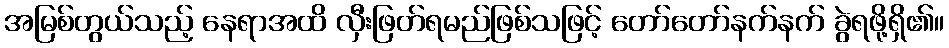
အမြစ်တွယ်သည့် နေရာအထိ လှီးဖြတ်ရမည်ဖြစ်သဖြင့် တော်တော်နက်နက် ခွဲရဖို့ရှိ၏။